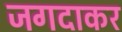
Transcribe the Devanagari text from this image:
जगदाकर